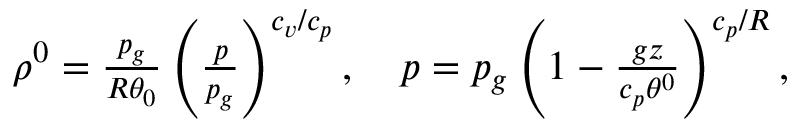
\begin{array} { r } { \rho ^ { 0 } = \frac { p _ { g } } { R \theta _ { 0 } } \left( \frac { p } { p _ { g } } \right) ^ { c _ { v } / c _ { p } } , \quad p = p _ { g } \left( 1 - \frac { g z } { c _ { p } \theta ^ { 0 } } \right) ^ { c _ { p } / R } , } \end{array}